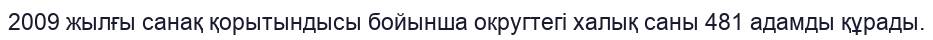
2009 жылғы санақ қорытындысы бойынша округтегі халық саны 481 адамды құрады.